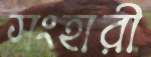
সংহারী